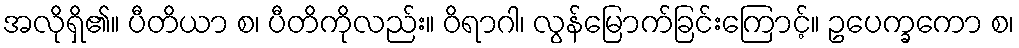
အလိုရှိ၏။ ပီတိယာ စ၊ ပီတိကိုလည်း။ ဝိရာဂါ၊ လွန်မြောက်ခြင်းကြောင့်။ ဥပေက္ခကော စ၊